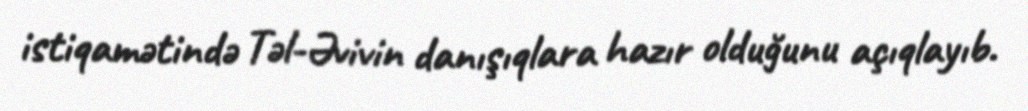
istiqamətində Təl-Əvivin danışıqlara hazır olduğunu açıqlayıb.